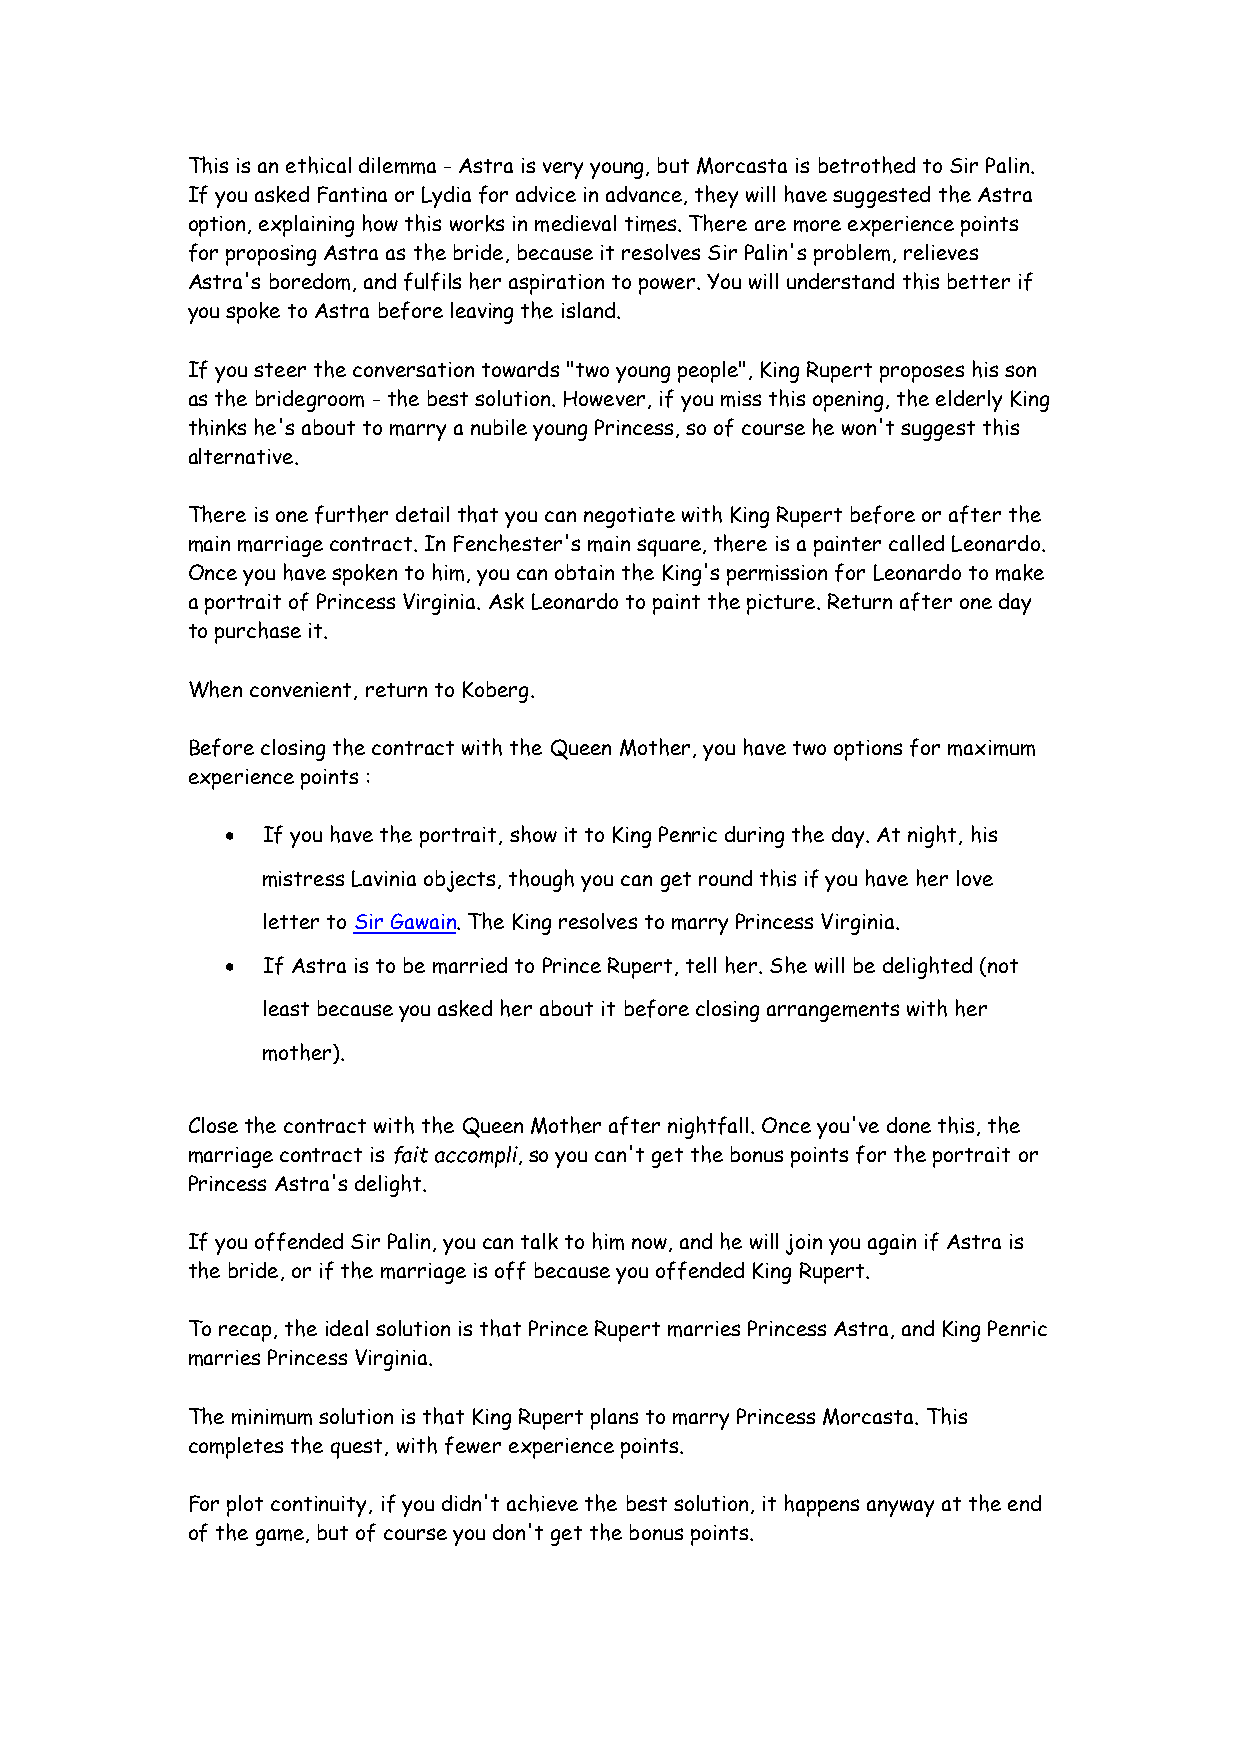
This is an ethical dilemma - Astra is very young, but Morcasta is betrothed to Sir Palin.
 If you asked Fantina or Lydia for advice in advance, they will have suggested the Astra
 option, explaining how this works in medieval times. There are more experience points
 for proposing Astra as the bride, because it resolves Sir Palin's problem, relieves
 Astra's boredom, and fulfils her aspiration to power. You will understand this better if
 you spoke to Astra before leaving the island.
 If you steer the conversation towards "two young people", King Rupert proposes his son
 as the bridegroom - the best solution. However, if you miss this opening, the elderly King
 thinks he's about to marry a nubile young Princess, so of course he won't suggest this
 alternative.
 There is one further detail that you can negotiate with King Rupert before or after the
 main marriage contract. In Fenchester's main square, there is a painter called Leonardo.
 Once you have spoken to him, you can obtain the King's permission for Leonardo to make
 a portrait of Princess Virginia. Ask Leonardo to paint the picture. Return after one day
 to purchase it.
 When convenient, return to Koberg.
 Before closing the contract with the Queen Mother, you have two options for maximum
 experience points :
 • If you have the portrait, show it to King Penric during the day. At night, his
 mistress Lavinia objects, though you can get round this if you have her love
 letter to Sir Gawain. The King resolves to marry Princess Virginia.
 • If Astra is to be married to Prince Rupert, tell her. She will be delighted (not
 least because you asked her about it before closing arrangements with her
 mother).
 Close the contract with the Queen Mother after nightfall. Once you've done this, the
 marriage contract is fait accompli, so you can't get the bonus points for the portrait or
 Princess Astra's delight.
 If you offended Sir Palin, you can talk to him now, and he will join you again if Astra is
 the bride, or if the marriage is off because you offended King Rupert.
 To recap, the ideal solution is that Prince Rupert marries Princess Astra, and King Penric
 marries Princess Virginia.
 The minimum solution is that King Rupert plans to marry Princess Morcasta. This
 completes the quest, with fewer experience points.
 For plot continuity, if you didn't achieve the best solution, it happens anyway at the end
 of the game, but of course you don't get the bonus points.